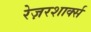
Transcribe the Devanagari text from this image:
रेज़रशार्क्स